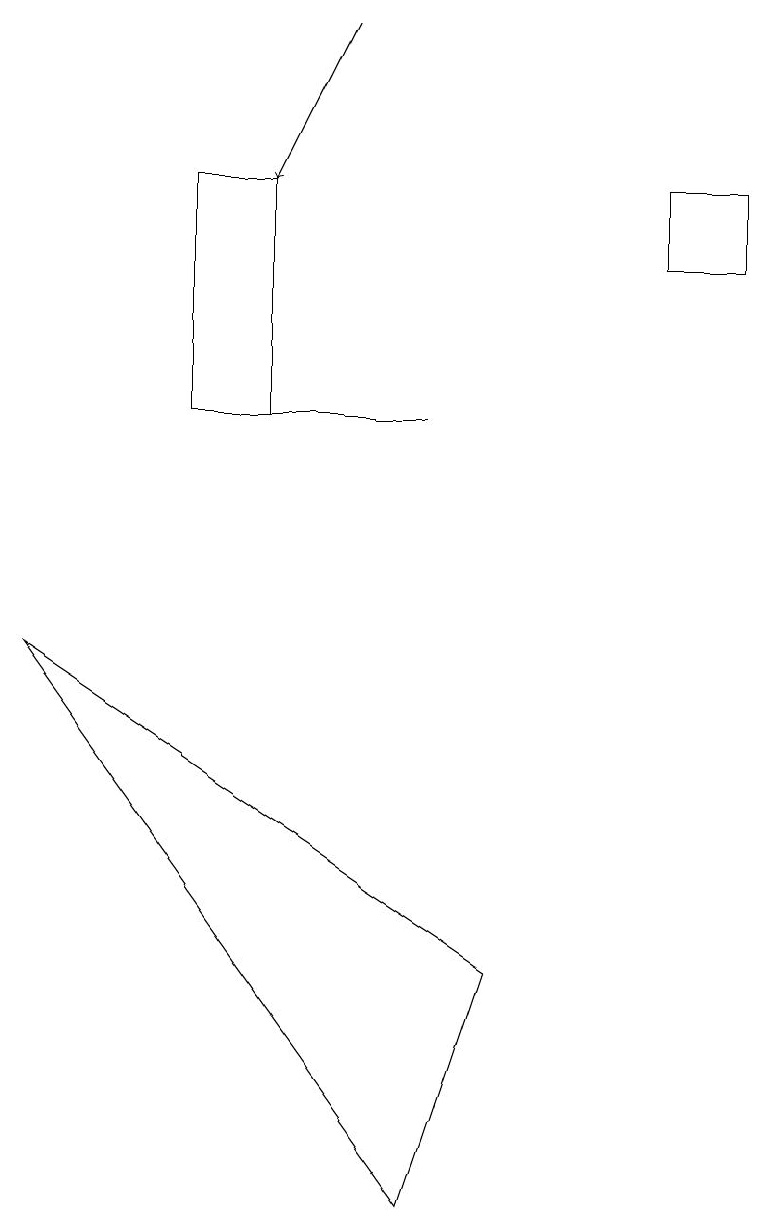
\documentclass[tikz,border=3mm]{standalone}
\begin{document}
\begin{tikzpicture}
\draw (5,11) rectangle (3,11);
\draw (2,11) rectangle (3,14);
\draw[->] (4,16) -- (3,14);
\draw (5,1) -- (0,8) -- (6,4) -- cycle;
\draw (8,13) rectangle (9,14);
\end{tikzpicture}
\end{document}